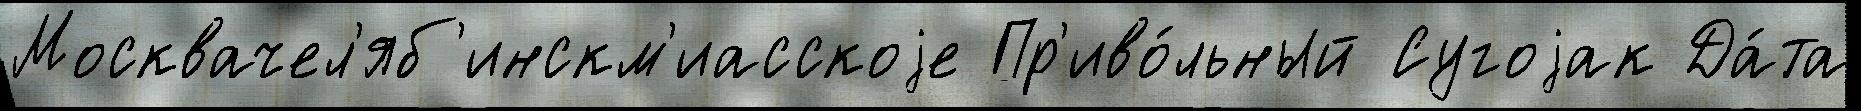
Москвачел'яб'инскм'иасскоjе Пр'иво́льный Сугоjак Да́та